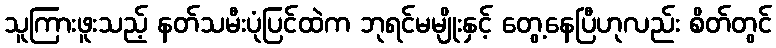
သူကြားဖူးသည့် နတ်သမီးပုံပြင်ထဲက ဘုရင်မမျိုးနှင့် တွေ့နေပြီဟုလည်း စိတ်တွင်